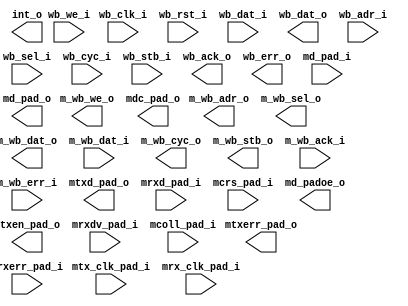
module ethmac
(
  // WISHBONE common
  wb_clk_i, wb_rst_i, wb_dat_i, wb_dat_o, 

  // WISHBONE slave
  wb_adr_i, wb_sel_i, wb_we_i, wb_cyc_i, wb_stb_i, wb_ack_o, wb_err_o, 

  // WISHBONE master
  m_wb_adr_o, m_wb_sel_o, m_wb_we_o, 
  m_wb_dat_o, m_wb_dat_i, m_wb_cyc_o, 
  m_wb_stb_o, m_wb_ack_i, m_wb_err_i, 

`ifdef ETH_WISHBONE_B3
  m_wb_cti_o, m_wb_bte_o, 
`endif

  //TX
  mtx_clk_pad_i, mtxd_pad_o, mtxen_pad_o, mtxerr_pad_o,

  //RX
  mrx_clk_pad_i, mrxd_pad_i, mrxdv_pad_i, mrxerr_pad_i, mcoll_pad_i, mcrs_pad_i, 
  
  // MIIM
  mdc_pad_o, md_pad_i, md_pad_o, md_padoe_o,

  int_o

  // Bist
`ifdef ETH_BIST
  ,
  // debug chain signals
  mbist_si_i,       // bist scan serial in
  mbist_so_o,       // bist scan serial out
  mbist_ctrl_i        // bist chain shift control
`endif

);


parameter Tp = 1;


// WISHBONE common
input           wb_clk_i;     // WISHBONE clock
input           wb_rst_i;     // WISHBONE reset
input   [31:0]  wb_dat_i;     // WISHBONE data input
output  [31:0]  wb_dat_o;     // WISHBONE data output
output          wb_err_o;     // WISHBONE error output

// WISHBONE slave
input   [11:2]  wb_adr_i;     // WISHBONE address input
input    [3:0]  wb_sel_i;     // WISHBONE byte select input
input           wb_we_i;      // WISHBONE write enable input
input           wb_cyc_i;     // WISHBONE cycle input
input           wb_stb_i;     // WISHBONE strobe input
output          wb_ack_o;     // WISHBONE acknowledge output

// WISHBONE master
output  [31:0]  m_wb_adr_o;
output   [3:0]  m_wb_sel_o;
output          m_wb_we_o;
input   [31:0]  m_wb_dat_i;
output  [31:0]  m_wb_dat_o;
output          m_wb_cyc_o;
output          m_wb_stb_o;
input           m_wb_ack_i;
input           m_wb_err_i;

wire    [29:0]  m_wb_adr_tmp;

`ifdef ETH_WISHBONE_B3
output   [2:0]  m_wb_cti_o;   // Cycle Type Identifier
output   [1:0]  m_wb_bte_o;   // Burst Type Extension
`endif

// Tx
input           mtx_clk_pad_i; // Transmit clock (from PHY)
output   [3:0]  mtxd_pad_o;    // Transmit nibble (to PHY)
output          mtxen_pad_o;   // Transmit enable (to PHY)
output          mtxerr_pad_o;  // Transmit error (to PHY)

// Rx
input           mrx_clk_pad_i; // Receive clock (from PHY)
input    [3:0]  mrxd_pad_i;    // Receive nibble (from PHY)
input           mrxdv_pad_i;   // Receive data valid (from PHY)
input           mrxerr_pad_i;  // Receive data error (from PHY)

// Common Tx and Rx
input           mcoll_pad_i;   // Collision (from PHY)
input           mcrs_pad_i;    // Carrier sense (from PHY)

// MII Management interface
input           md_pad_i;      // MII data input (from I/O cell)
output          mdc_pad_o;     // MII Management data clock (to PHY)
output          md_pad_o;      // MII data output (to I/O cell)
output          md_padoe_o;    // MII data output enable (to I/O cell)

output          int_o;         // Interrupt output

// Bist
`ifdef ETH_BIST
input   mbist_si_i;       // bist scan serial in
output  mbist_so_o;       // bist scan serial out
input [`ETH_MBIST_CTRL_WIDTH - 1:0] mbist_ctrl_i;       // bist chain shift control
`endif


endmodule